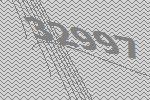
32997